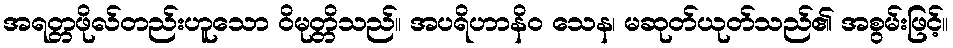
အရတ္တဖိုလ်တည်းဟူသော ဝိမုတ္တိသည်။ အပရိဟာနိဝ သေန၊ မဆုတ်ယုတ်သည်၏ အစွမ်းဖြင့်။